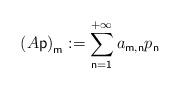
LaTeX: \begin{align*}\left( A\mathsf{p}\right) _{\mathsf{m}}:=\sum_{\mathsf{n=1}}^{+\infty }a_{\mathsf{m,n}}p_{\mathsf{n}} \end{align*}